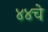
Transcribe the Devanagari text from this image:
४४चे